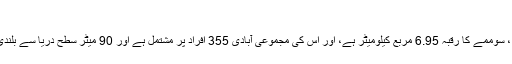
[1]
سینٹ-گرتیں ، سوممے کا رقبہ 6.95 مربع کیلومیٹر ہے، اور اس کی مجموعی آبادی 355 افراد پر مشتمل ہے اور 90 میٹر سطح دریا سے بلندی پر واقع ہے۔